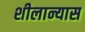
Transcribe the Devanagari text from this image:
शीलान्यास